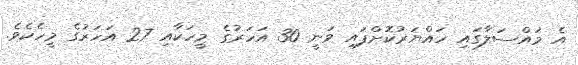
އެ މައްސަލާގައި ހައްޔަރުކޮށްފައި ވަނީ 30 އަހަރުގެ މީހަކާއި 27 އަހަރުގެ މީހެކެވެ.